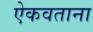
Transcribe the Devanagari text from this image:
ऐकवताना